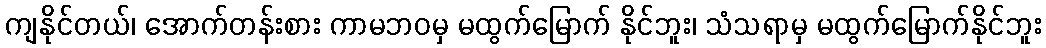
ကျနိုင်တယ်၊ အောက်တန်းစား ကာမဘဝမှ မထွက်မြောက် နိုင်ဘူး၊ သံသရာမှ မထွက်မြောက်နိုင်ဘူး